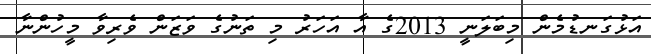
އަޅުގަނޑުމެން މިބަލަނީ 2013ގެ އާ އަހަރު މި ތަނުގެ ވަޒަން ވެރިވާ މީހުންނާ